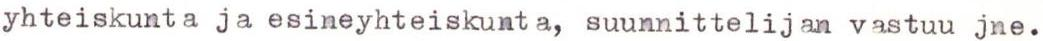
yhteiskunta ja esineyhteiskunta, suunnittelijan vastuu jne.